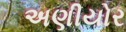
અણીયોર